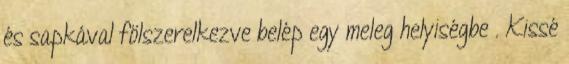
és sapkával fölszerelkezve belép egy meleg helyiségbe . Kissé